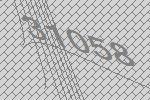
31058